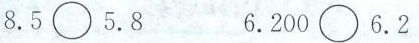
8.5\circ 5.8 6.200\circ 6.2